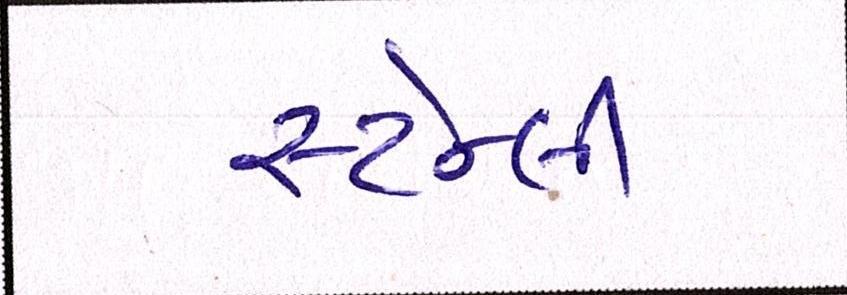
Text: સ્ટેન્લી